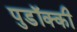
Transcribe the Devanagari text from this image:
पुडॉक्की